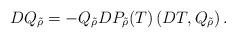
LaTeX: \begin{align*}DQ_{\tilde{\rho}} = - Q_{\tilde{\rho}} DP_{\tilde{\rho}}(T)\left( DT,Q_{\tilde{\rho}} \right). \end{align*}